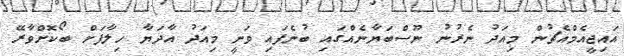
އައިޖީއެމްއެޗުން މިއަދު ނެރުނު ނޫސްބަޔާނެއްގައި ބުނެފައި ވަނީ މިއަދު އާދަޔާ ހިލާފަށް ބޯކޮށްވާރޭ